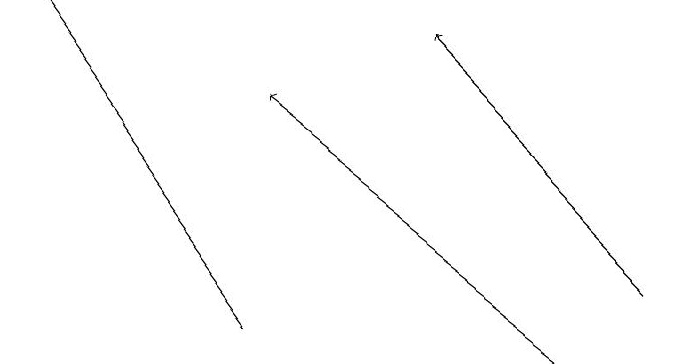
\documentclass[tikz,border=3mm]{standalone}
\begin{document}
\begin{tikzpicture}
\draw[->] (9,16) -- (6,19);
\draw[->] (8,15) -- (4,18);
\draw[->] (4,15) -- (1,19);
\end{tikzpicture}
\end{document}